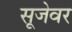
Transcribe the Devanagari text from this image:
सूजेवर